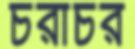
চরাচর